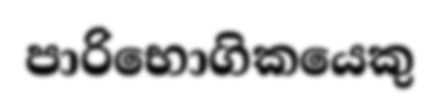
පාරිභොගිකයෙකු